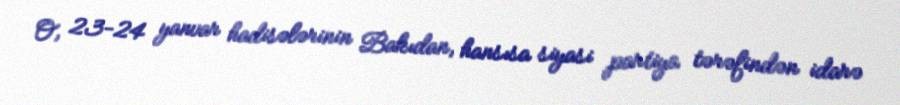
O, 23-24 yanvar hadisələrinin Bakıdan, hansısa siyasi partiya tərəfindən idarə